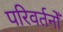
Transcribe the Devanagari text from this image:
परिवर्तनोँ